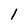
Character: l